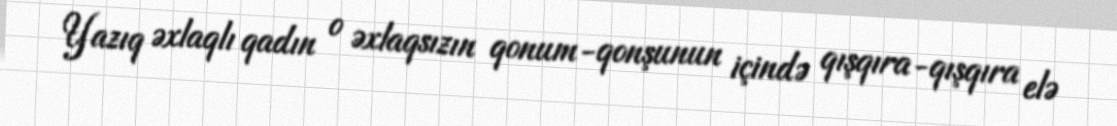
Yazıq əxlaqlı qadın o əxlaqsızın qonum-qonşunun içində qışqıra-qışqıra elə